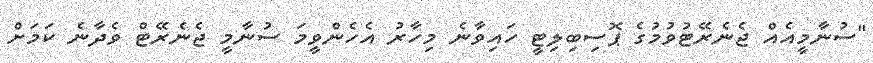
"ސުނާމީއެއް ޖެނެރޭޓުވުމުގެ ޕޮސިބިލިޓީ ހައިވާނެ މިހާރު އެހެންވީމަ ސުނާމީ ޖެނެރޭޓް ވެދާނެ ކަމަށް